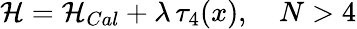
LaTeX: {\cal H}={\cal H}_{Cal}+\lambda\, \tau_{4}(x),\quad N>4